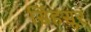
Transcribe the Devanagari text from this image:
सिंहसूर